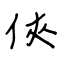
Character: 俠